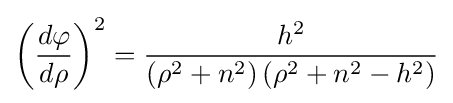
\left({\frac {d\varphi }{d\rho }}\right)^{2}={\frac {h^{2}}{\left(\rho ^{2}+n^{2}\right)\left(\rho ^{2}+n^{2}-h^{2}\right)}}